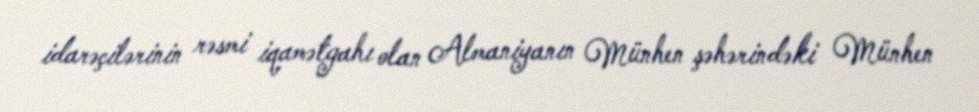
idarəçilərinin rəsmi iqamətgahı olan Almaniyanın Münhen şəhərindəki Münhen